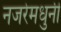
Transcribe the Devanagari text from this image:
नजरेमधुनी